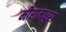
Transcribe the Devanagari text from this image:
मीरामधुरा